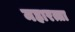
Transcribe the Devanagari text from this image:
महारत्ता